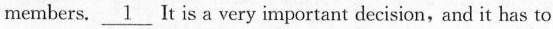
members. \underline{1} It is a very important decision, and it has to